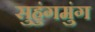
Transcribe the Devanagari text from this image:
सुहुंगमुंग